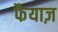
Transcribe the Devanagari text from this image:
फैयाज़